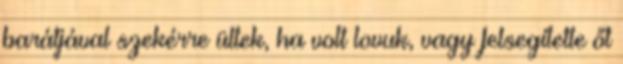
barátjával szekérre ültek, ha volt lovuk, vagy felsegítette őt